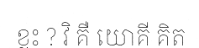
ខ្លះ ? វិ គឺ យោគី គិត